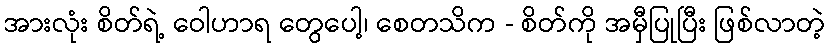
အားလုံး စိတ်ရဲ့ ဝေါဟာရ တွေပေါ့၊ စေတသိက - စိတ်ကို အမှီပြုပြီး ဖြစ်လာတဲ့